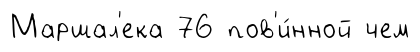
Маршал'ека 76 пов'и́нной чем